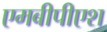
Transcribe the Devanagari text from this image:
एमबीपीएश